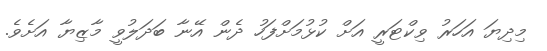
މިދިޔަ އަހަރު ވިކްޓަރީ އަށް ކުޅުމަށްފަހު ދެން އޭނާ ބަދަލުވީ މާޒިޔާ އަށެވެ.